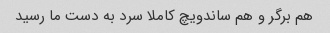
هم برگر و هم ساندویچ کاملا سرد به دست ما رسید